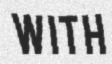
WITH